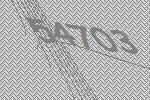
54703